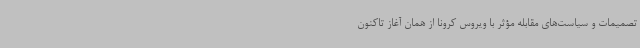
تصمیمات و سیاست‌های مقابله مؤثر با ویروس کرونا از همان آغاز تاکنون